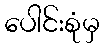
ပေါင်းစုံမှ